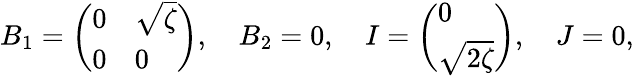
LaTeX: B_{1}=\left(\begin{array}{ll}{{0}}&{{\sqrt{\zeta}}}\\ {{0}}&{{0}}\end{array}\right),\quad B_{2}=0,\quad I=\left(\begin{array}{l}{{0}}\\ {{\sqrt{2\zeta}}}\end{array}\right),\quad J=0,